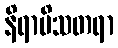
နိရာမိသတရာ